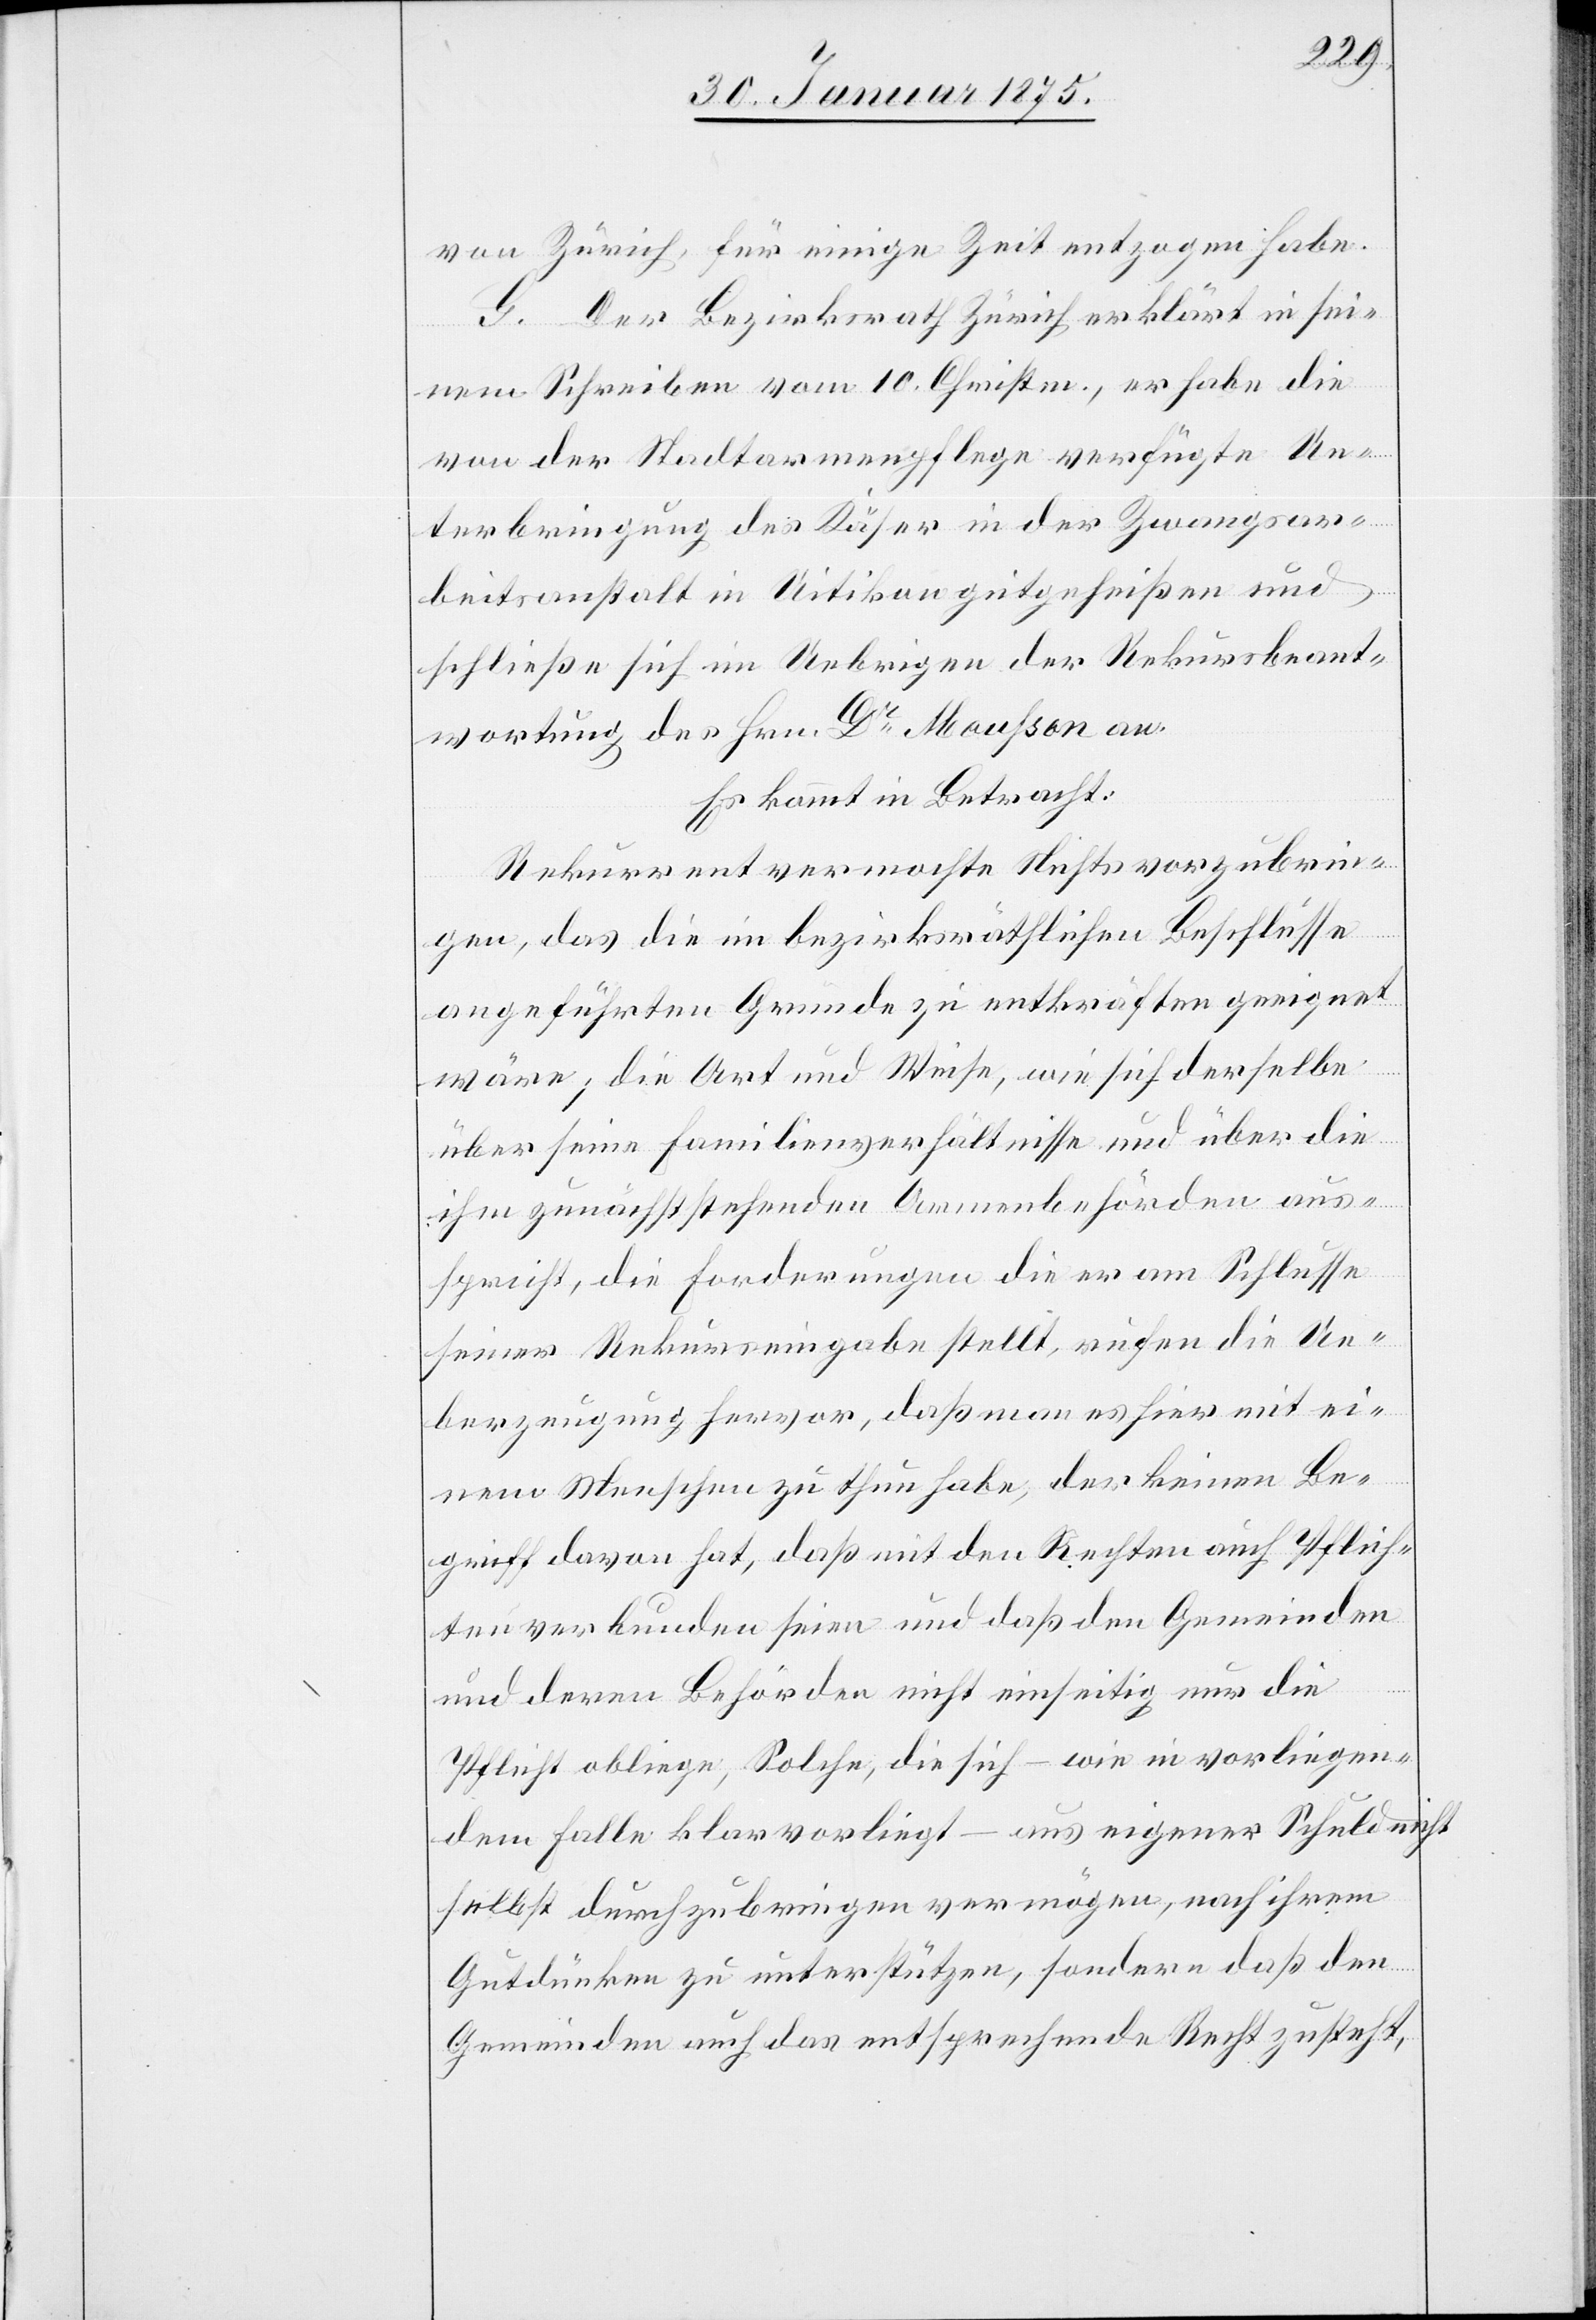
von Zürich, für einige Zeit entzogen habe.
G. Der Bezirksrath Zürich erklärt in sei¬
nem Schreiben vom 10. Christm., er habe die
von der Stadtarmenpflege verfügte Un¬
terbringung des Käser in der Zwangsar¬
beitsanstalt in Uitikon gutgeheißen und
schließe sich im Uebrigen der Rekursbeant¬
wortung des Hrn. Dr Mousson an.
Es kommt in Betracht:
Rekurrent vermochte Nichts vorzubrin¬
gen, das die im bezirksräthlichen Beschlusse
angeführten Gründe zu entkräften geeignet
wäre; die Art und Weise, wie sich derselbe
über seine Familienverhältnisse und über die
ihm zunächststehenden Armenbehörden aus¬
spricht, die Forderungen die er am Schlusse
seiner Rekurseingabe stellt, rufen die Ue¬
berzeugung hervor, daß man es hier mit ei¬
nem Menschen zu thun habe, der keinen Be¬
griff davon hat, daß mit den Rechten auch Pflich¬
ten verbunden seien und daß den Gemeinden
und deren Behörden nicht einseitig nur die
Pflicht obliege, Solche, die sich – wie in vorliegen¬
dem Falle klar vorliegt – aus eigener Schuld nicht
selbst durchzubringen vermögen, nach ihrem
Gutdünken zu unterstützen, sondern das den
Gemeinden auch das entsprechende Recht zusteht,